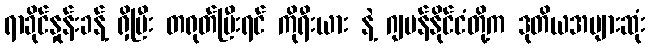
ရာခိုင်နှုန်းခန့် ရှိပြီး တရုတ်ပြီးရင် ကိုရီးယား နဲ့ ဂျပန်နိုင်ငံတို့က ဒုတိယအများဆုံး